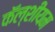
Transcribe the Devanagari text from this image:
कॅल्शीयम